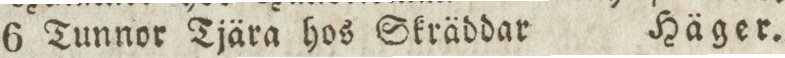
6 Tunnor Tjära hos Skräddar    Häger.